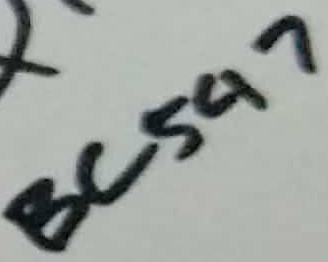
Text: BC547